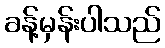
ခန့်မှန်းပါသည်